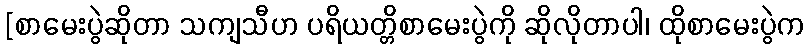
[စာမေးပွဲဆိုတာ သကျသီဟ ပရိယတ္တိစာမေးပွဲကို ဆိုလိုတာပါ၊ ထိုစာမေးပွဲက